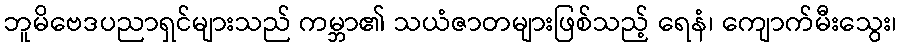
ဘူမိဗေဒပညာရှင်များသည် ကမ္ဘာ၏ သယံဇာတများဖြစ်သည့် ရေနံ၊ ကျောက်မီးသွေး၊